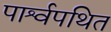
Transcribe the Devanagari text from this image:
पार्श्वपथित